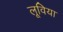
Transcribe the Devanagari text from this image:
लूविया